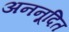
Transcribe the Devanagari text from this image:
अननूदित